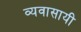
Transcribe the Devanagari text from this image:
व्यवासायी